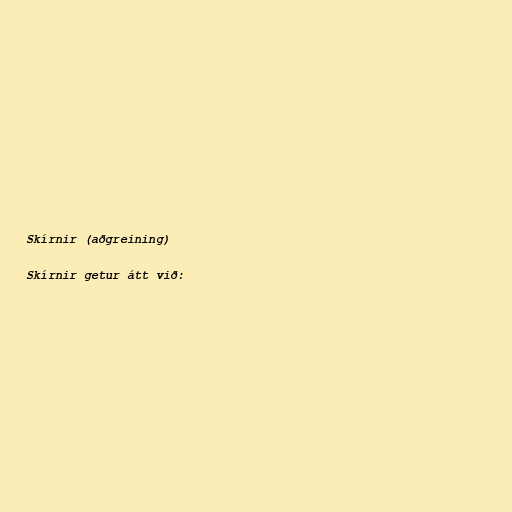
Skírnir (aðgreining)

Skírnir getur átt við: